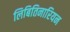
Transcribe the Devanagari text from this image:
लिबितिनारियन